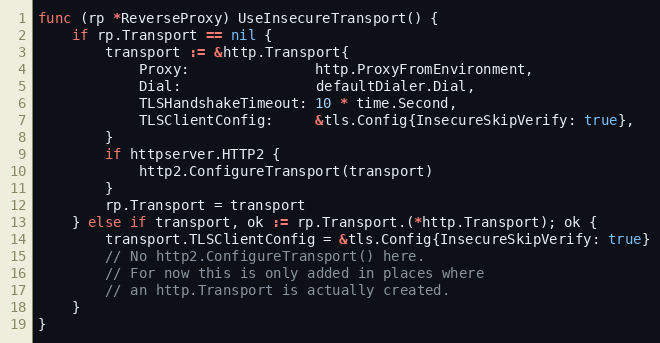
Language: Go
func (rp *ReverseProxy) UseInsecureTransport() {
	if rp.Transport == nil {
		transport := &http.Transport{
			Proxy:               http.ProxyFromEnvironment,
			Dial:                defaultDialer.Dial,
			TLSHandshakeTimeout: 10 * time.Second,
			TLSClientConfig:     &tls.Config{InsecureSkipVerify: true},
		}
		if httpserver.HTTP2 {
			http2.ConfigureTransport(transport)
		}
		rp.Transport = transport
	} else if transport, ok := rp.Transport.(*http.Transport); ok {
		transport.TLSClientConfig = &tls.Config{InsecureSkipVerify: true}
		// No http2.ConfigureTransport() here.
		// For now this is only added in places where
		// an http.Transport is actually created.
	}
}